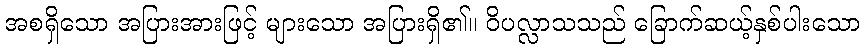
အစရှိသော အပြားအားဖြင့် များသော အပြားရှိ၏။ ဝိပလ္လာသသည် ခြောက်ဆယ့်နှစ်ပါးသော